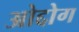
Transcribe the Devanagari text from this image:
ओद्दोग